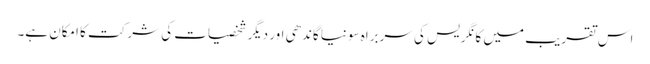
اس تقریب میں کانگریس کی سربراہ سونیا گاندھی اور دیگر شخصیات کی شرکت کا امکان ہے۔